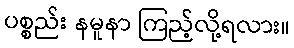
ပစ္စည်း နမူနာ ကြည့်လို့ရလား။